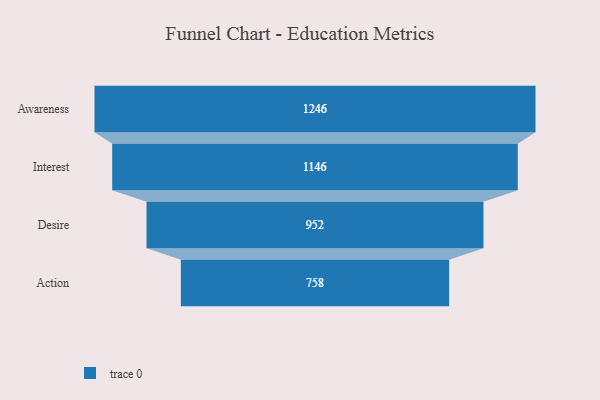
{"axis": {"x": "Stage", "y": "Value"}, "legend": [""], "data": [{"x": "Awareness", "y": 1246.0, "type": ""}, {"x": "Interest", "y": 1146.0, "type": ""}, {"x": "Desire", "y": 952.0, "type": ""}, {"x": "Action", "y": 758.0, "type": ""}]}